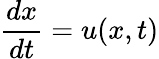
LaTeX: \frac{dx}{dt}=u(x,t)